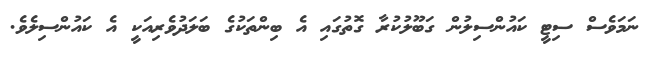
ނަމަވެސް ސިޓީ ކައުންސިލުން ގަބޫލުކުރާ ގޮތުގައި އެ ބިންތަކުގެ ބަލަދުވެރިއަކީ އެ ކައުންސިލެވެ.